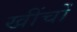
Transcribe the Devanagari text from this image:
खींचों